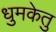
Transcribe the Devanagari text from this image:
धुमकेतु